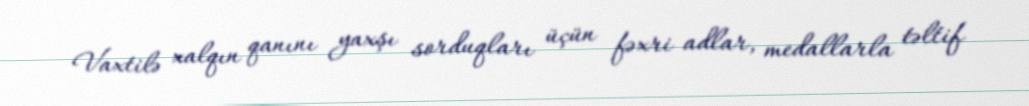
Vaxtilə xalqın qanını yaxşı sorduqları üçün fəxri adlar, medallarla təltif